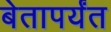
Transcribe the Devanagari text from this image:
बेतापर्यंत